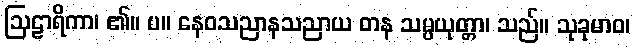
ဩဠာရိကာ၊ ၏။ ပ။ နေဝသညာနသညာယ တန သမ္ပယုတ္တာ၊ သည်။ သုခုမာဝ၊